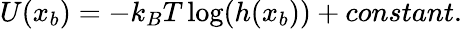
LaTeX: U(x_{b})=-k_{B}T\log(h(x_{b}))+constant.